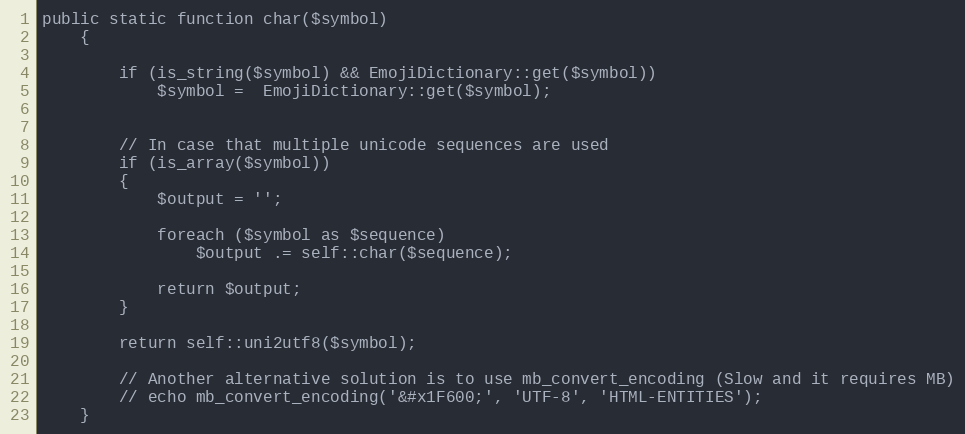
Language: PHP
public static function char($symbol)
    {

        if (is_string($symbol) && EmojiDictionary::get($symbol))
            $symbol =  EmojiDictionary::get($symbol);

        // In case that multiple unicode sequences are used
        if (is_array($symbol))
        {
            $output = '';

            foreach ($symbol as $sequence)
                $output .= self::char($sequence);

            return $output;
        }

        return self::uni2utf8($symbol);

        // Another alternative solution is to use mb_convert_encoding (Slow and it requires MB)
        // echo mb_convert_encoding('&#x1F600;', 'UTF-8', 'HTML-ENTITIES');
    }